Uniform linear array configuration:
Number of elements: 48
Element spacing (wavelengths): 0.75
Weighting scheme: exponential
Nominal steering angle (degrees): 45
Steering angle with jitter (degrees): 43.81
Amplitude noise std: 0.05
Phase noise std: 0.05

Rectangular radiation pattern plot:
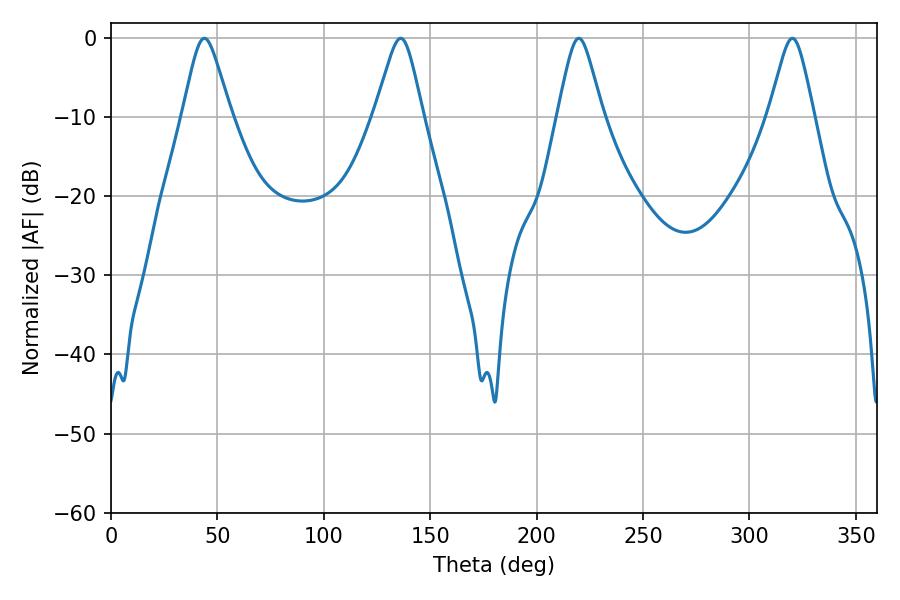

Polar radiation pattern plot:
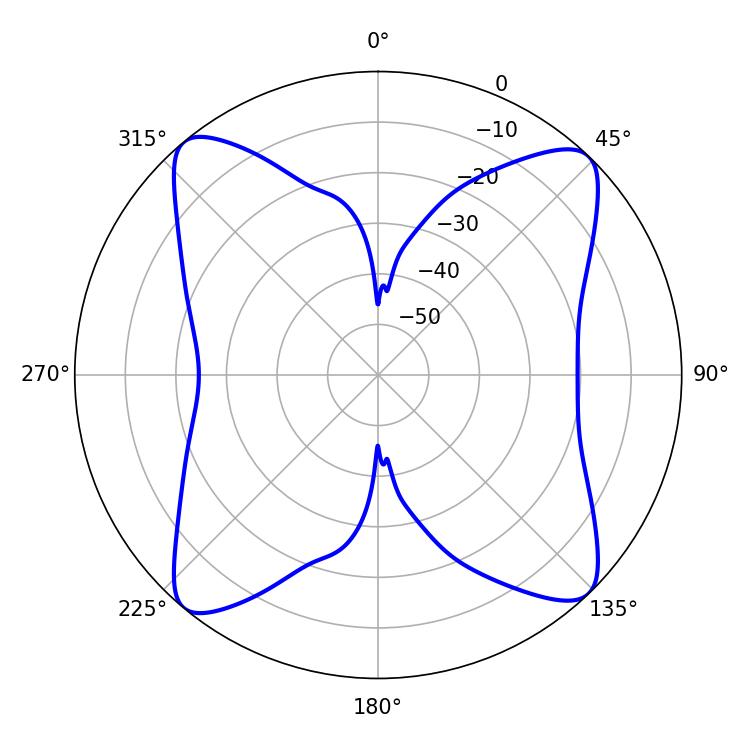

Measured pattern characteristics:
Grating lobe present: TRUE
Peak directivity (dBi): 16.36
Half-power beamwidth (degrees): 10.08
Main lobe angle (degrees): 219.78